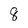
Character: 8